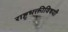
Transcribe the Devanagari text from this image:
राष्ट्रभक्तीविषयी